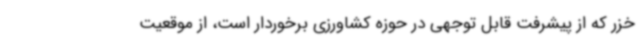
خزر که از پیشرفت قابل توجهی در حوزه کشاورزی برخوردار است، از موقعیت